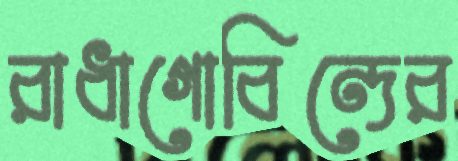
রাধাগোবিন্দের